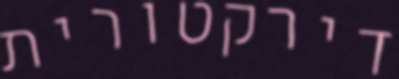
דירקטורית